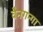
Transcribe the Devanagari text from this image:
वैनगन्गा